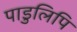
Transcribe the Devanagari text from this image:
पाडुलिपि